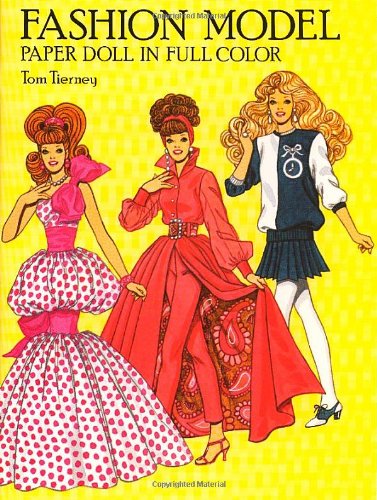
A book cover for Fashion Model Paper Doll (Dover Paper Dolls); Tom Tierney; Arts & Photography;